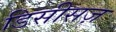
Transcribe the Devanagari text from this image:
डिसीसज़